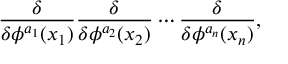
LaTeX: { \frac { \delta } { \delta \phi ^ { a _ { 1 } } ( x _ { 1 } ) } } { \frac { \delta } { \delta \phi ^ { a _ { 2 } } ( x _ { 2 } ) } } \cdots { \frac { \delta } { \delta \phi ^ { a _ { n } } ( x _ { n } ) } } ,